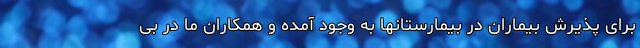
برای پذیرش بیماران در بیمارستانها به وجود آمده و همکاران ما در بی